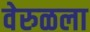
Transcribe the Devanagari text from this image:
वेरुळला